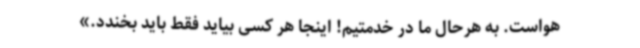
هواست. به هرحال ما در خدمتیم! اینجا هر کسی بیاید فقط باید بخندد.»